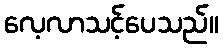
လေ့လာသင့်ပေသည်။